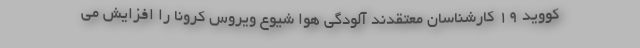
کووید 19 کارشناسان معتقدند آلودگی هوا شیوع ویروس کرونا را افزایش می